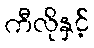
ကီလိုနှင့်